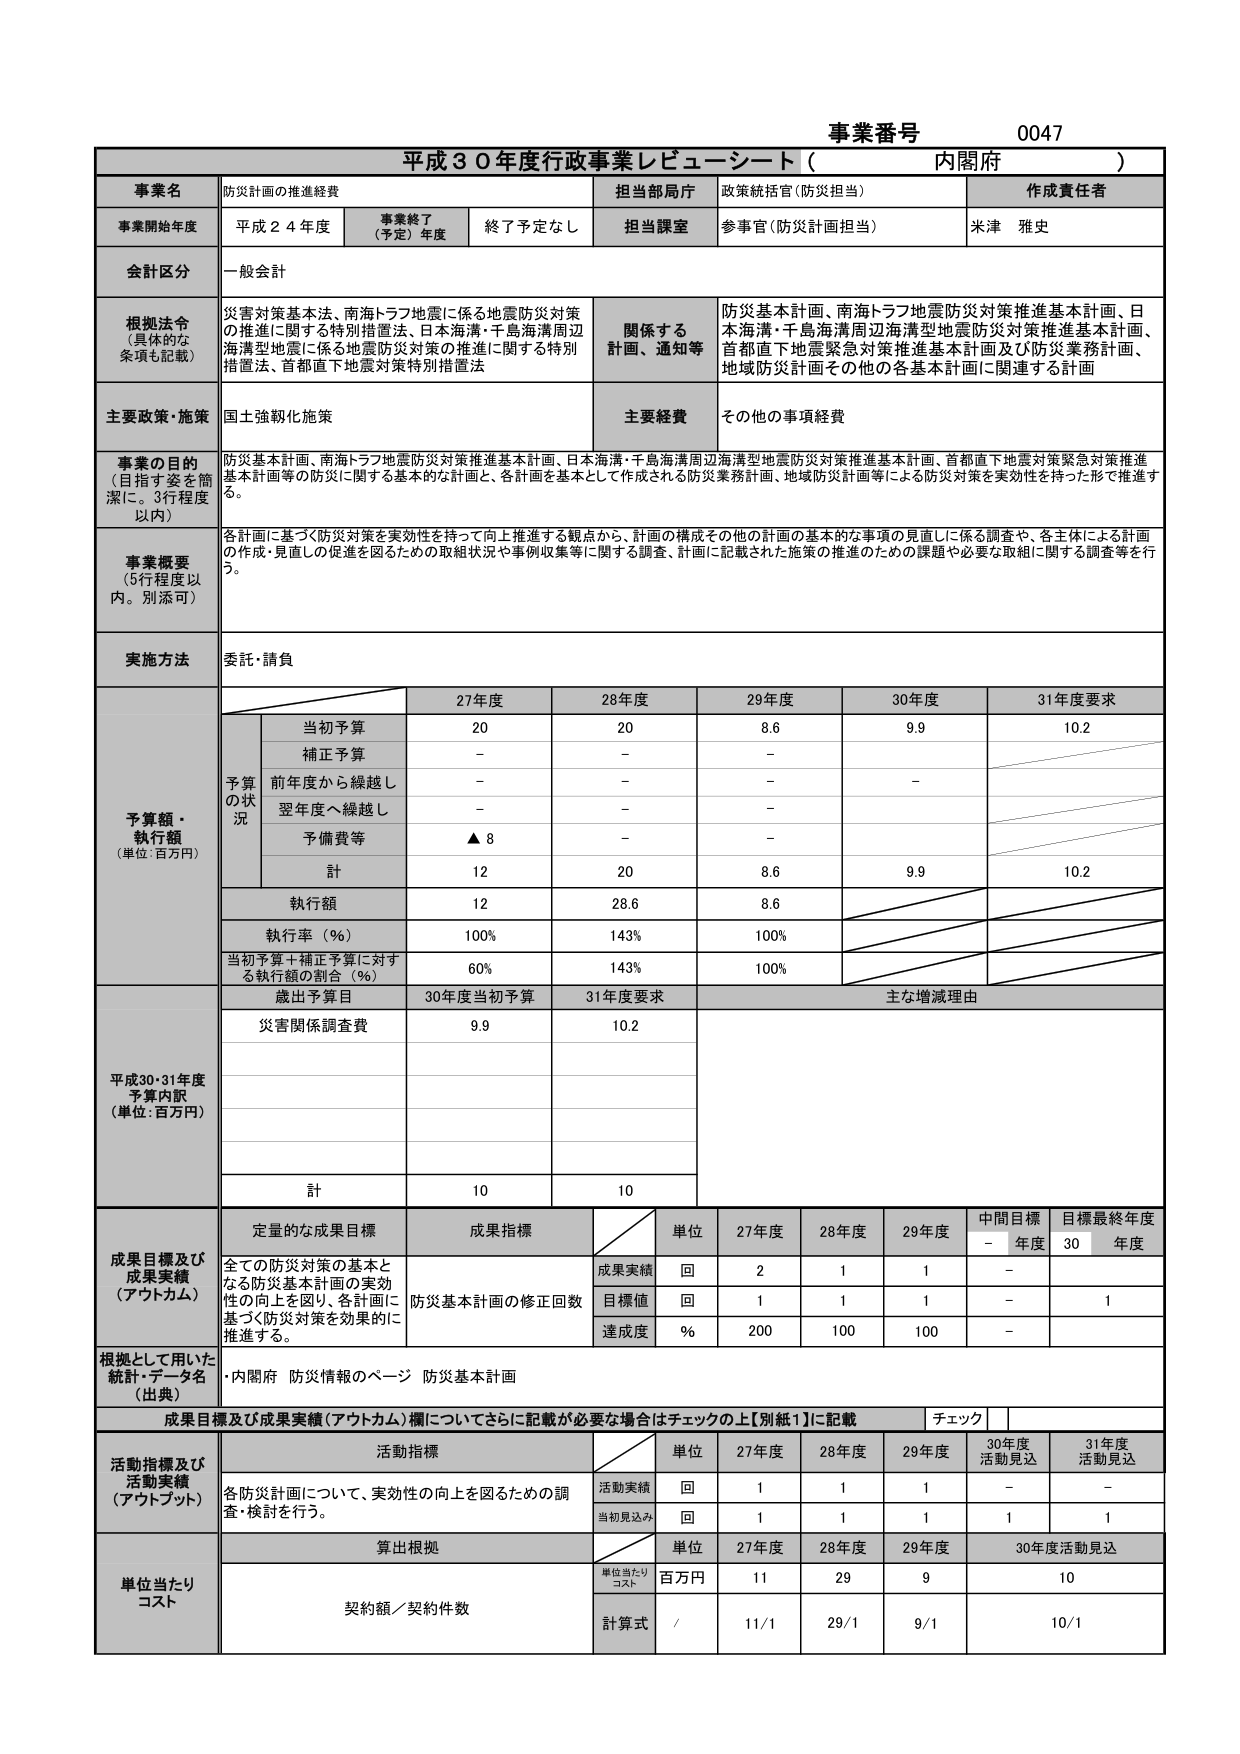
事業番号 0047
平成30年度行政事業レビューシート（内閣府）

事業名 防災計画の推進経費
担当部局庁 政策統括官（防災担当）
作成責任者 米津 雅史

事業開始年度 平成24年度
事業終了（予定）年度 終了予定なし
担当課室 参事官（防災計画担当）

会計区分 一般会計

根拠法令（具体的な条項も記載）
災害対策基本法、南海トラフ地震に係る地震防災対策の推進に関する特別措置法、日本海溝・千島海溝周辺海溝型地震に係る地震防災対策の推進に関する特別措置法、首都直下地震対策特別措置法

関係する計画、通知等
防災基本計画、南海トラフ地震防災対策推進基本計画、日本海溝・千島海溝周辺海溝型地震防災対策推進基本計画、首都直下地震緊急対策推進基本計画及び防災業務計画、地域防災計画その他の各基本計画に関連する計画

主要政策・施策 国土強靭化施策
主要経費 その他の事項経費

事業の目的（目指す姿を簡潔に。3行程度以内）
防災基本計画、南海トラフ地震防災対策推進基本計画、日本海溝・千島海溝周辺海溝型地震防災対策推進基本計画、首都直下地震対策緊急対策推進基本計画等の防災に関する基本的な計画と、各計画を基本として作成される防災業務計画、地域防災計画等による防災対策を実効性を持った形で推進する。

事業概要（5行程度以内。別添可）
各計画に基づく防災対策を実効性を持って向上推進する観点から、計画の構成その他の計画の基本的な事項の見直しに係る調査や、各主体による計画の作成・見直しの促進を図るための取組状況や事例収集等に関する調査、計画に記載された施策の推進のための課題や必要な取組に関する調査等を行う。

実施方法 委託・請負

予算額・執行額（単位：百万円）
　　　　　　　　　　　　27年度　　28年度　　29年度　　30年度　　31年度要求
　　　　　　　　　　　　当初予算　　20　　　　20　　　　8.6　　　　9.9　　　　10.2
　　　　　　　　　　　　補正予算　　－　　　　－　　　　－　　　　－　　　　－
　　　　　　　　　　　　前年度から繰越し　－　　　　－　　　　－　　　　－　　　　－
　　　　　　　　　　　　翌年度へ繰越し　－　　　　－　　　　－　　　　－　　　　－
　　　　　　　　　　　　予備費等　　▲8　　　　－　　　　－　　　　－　　　　－
　　　　　　　　　　　　計　　　　12　　　　20　　　　8.6　　　　9.9　　　　10.2
　　　　　　　　　　　　執行額　　　12　　　　28.6　　　8.6　　　　－　　　　－
　　　　　　　　　　　　執行率（％）　100％　　143％　　100％　　　－　　　　－
　　　　　　　　　　　　当初予算＋補正予算に対する執行額の割合（％）　60％　　143％　　100％　　　－　　　　－

歳出予算目　30年度当初予算　31年度要求　主な増減理由
災害関係調査費　9.9　　　10.2

平成30・31年度予算内訳（単位：百万円）
　　　　　　　　　　　　計　　10　　　　10

成果目標及び成果実績（アウトカム）
定量的な成果目標　成果指標　単位　27年度　28年度　29年度　中間目標年度　目標最終年度年度
　　　　　　　　　　　　　　　　　　　　　　　　　　　　　　　　　　　　－　　30
全ての防災対策の基本となる防災基本計画の実効性の向上を図り、各計画に基づく防災対策を効果的に推進する。
防災基本計画の修正回数
成果実績　回　　2　　　1　　　1　　　－　　　1
目標値　　回　　1　　　1　　　1　　　－　　　1
達成度　　％　　200　　100　　100　　－　　　－

根拠として用いた統計・データ名（出典）
・内閣府 防災情報のページ 防災基本計画

成果目標及び成果実績（アウトカム）欄についてさらに記載が必要な場合はチェックの上【別紙1】に記載
チェック

活動指標及び活動実績（アウトプット）
活動指標　単位　27年度　28年度　29年度　30年度活動見込　31年度活動見込
各防災計画について、実効性の向上を図るための調査・検討を行う。
活動実績　回　　1　　　1　　　1　　　－　　　－
当初見込み　回　　1　　　1　　　1　　　1　　　1

単位当たりコスト
算出根拠　単位　27年度　28年度　29年度　30年度活動見込
単位当たりコスト　百万円　11　　　29　　　9　　　10
契約額／契約件数　計算式　/　　11/1　　29/1　　9/1　　10/1